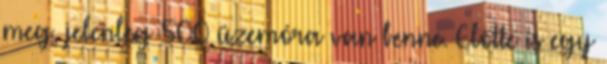
meg, jelenleg 500 üzemóra van benne. Előtte is egy